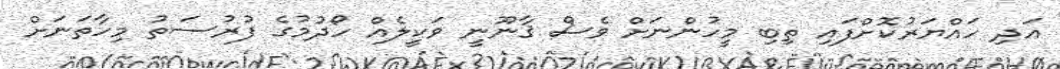
އަދި ހައްޔަރުކޮށްފައި ތިބި މީހުންނަށް ވެސް ޤާނޫނީ ވަކީލެއް ހޯދުމުގެ ފުރުސަތު މިހާތަނަށް